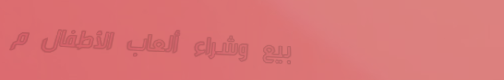
بيع وشراء ألعاب الأطفال م